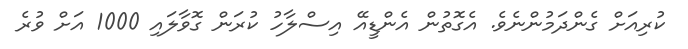
ކުރިއަށް ގެންދަމުންނެވެ. އެގޮތުން އެންޑީއޭ އިސްލާހު ކުރަން ގޮވާލައި 1000 އަށް ވުރެ